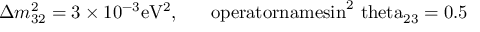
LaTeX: \Delta m _ { 3 2 } ^ { 2 } = 3 \times 1 0 ^ { - 3 } \mathrm { e V ^ { 2 } , \ \ \ \ \ o p e r a t o r n a m e { s i n } ^ { 2 } \ t h e t a _ { 2 3 } = 0 . 5 }